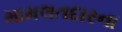
મામલતદારના